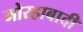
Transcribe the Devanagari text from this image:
मोरहाबादी